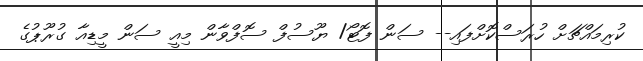
ކުރިމައްޗަށް ހުރަސްކޮށްފައި-- ސަން ފޮޓޯ/ ޔޫސުފް ސޮފްވާން މިއީ ސަން މީޑިއާ ގުރޫޕުގެ